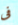
فى